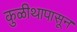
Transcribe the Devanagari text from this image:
कुळीथापासून